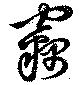
窃